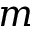
m